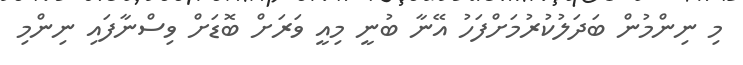
މި ނިންމުން ބަދަލުކުރުމަށްފަހު އޭނާ ބުނީ މިއީ ވަރަށް ބޮޑަށް ވިސްނާފައި ނިންމި